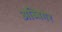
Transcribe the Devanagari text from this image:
अब्बिगेर